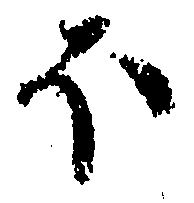
ほ